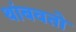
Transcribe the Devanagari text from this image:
थांबवतो